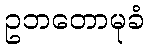
ဥဘတောမုခံ